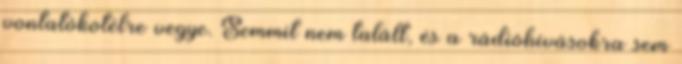
vontatókötélre vegye. Semmit nem talált, és a rádióhívásokra sem